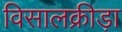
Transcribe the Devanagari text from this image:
विसालक्रीड़ा